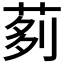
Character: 𦰵